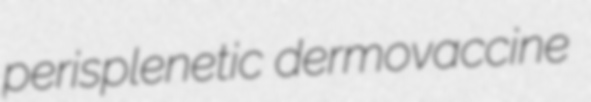
perisplenetic dermovaccine